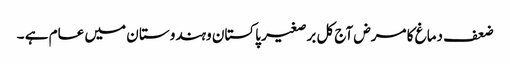
ضعف دماغ کا مرض آج کل برصغیر پاکستان وہندوستا ن میں عام ہے ۔